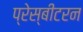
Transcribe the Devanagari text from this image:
प्रेस्बीटरन